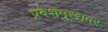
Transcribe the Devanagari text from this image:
प्रवेशमुखावर